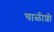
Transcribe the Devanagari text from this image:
चाळीशी